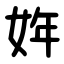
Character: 姩